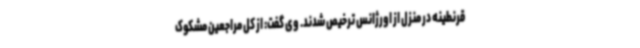
قرنطینه در منزل از اورژانس ترخیص شدند. وی گفت: از کل مراجعین مشکوک